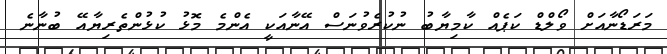
މަރަޑޯނާއަށް ވޯލްޑް ކަޕެއް ކާމިޔާބު ނުކުރެވުނަސް އޭނާއަކީ އެންމެ މޮޅު ކުޅުންތެރިޔާއޭ ބުނާނެ